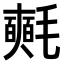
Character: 𣰰